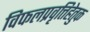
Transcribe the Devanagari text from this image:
विफलप्रवृत्तिहेतुक